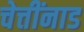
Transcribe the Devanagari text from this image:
चेत्तींनाड